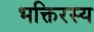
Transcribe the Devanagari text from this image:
भक्तिरस्य